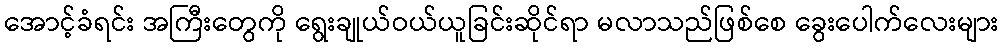
အောင့်ခံရင်း အကြီးတွေကို ရွေးချုယ်ဝယ်ယူခြင်းဆိုင်ရာ မလာသည်ဖြစ်စေ ခွေးပေါက်လေးများ